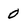
Character: 0